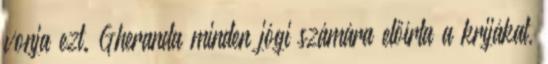
vonja ezt. Gheranda minden jógi számára előírta a krijákat,